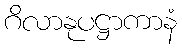
ဂိလာနုပဋ္ဌာကာနံ